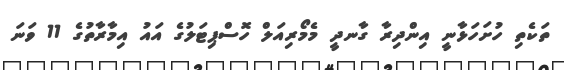
ތަކެތި ހުށަހަޅާނީ އިންދިރާ ގާނދީ މެމޯރިއަލް ހޮސްޕިޓަލުގެ އައު އިމާރާތުގެ 11 ވަނަ